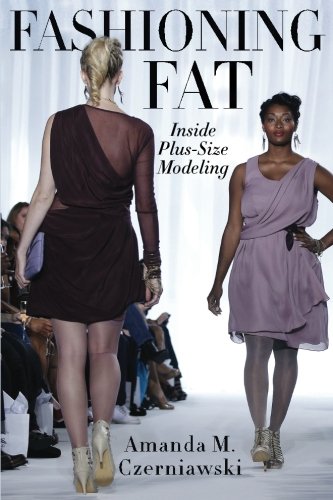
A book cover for Fashioning Fat: Inside Plus-Size Modeling; Amanda M. Czerniawski; Arts & Photography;